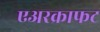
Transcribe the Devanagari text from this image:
एअरक्राफट